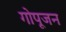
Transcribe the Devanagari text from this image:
गोपूजन